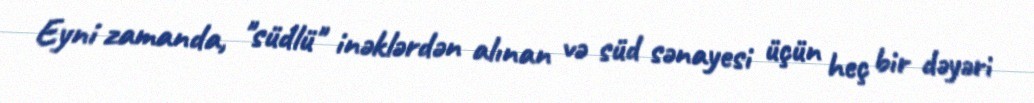
Eyni zamanda, "südlü" inəklərdən alınan və süd sənayesi üçün heç bir dəyəri